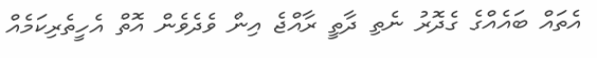
އެތައް ބައެއްގެ ގެދޮރު ނެތި ދާތީ ރާއްޖެ އިން ވެދެވެން އޮތް އެހީތެރިކަމެއް